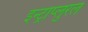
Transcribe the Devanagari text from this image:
इन्ट्राप्लुरल